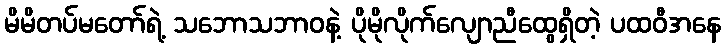
မိမိတပ်မတော်ရဲ့ သဘောသဘာဝနဲ့ ပိုမိုလိုက်လျောညီထွေရှိတဲ့ ပထဝီအနေ